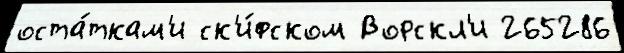
оста́ткам'и ск'и́фском Ворскл'и 265286